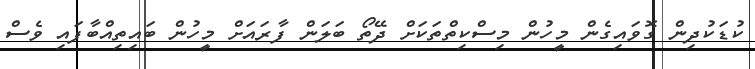
ކުޑަކުދިން ގޮވައިގެން މީހުން މިސްކިތްތަކަށް ދޭތޯ ބަލަން ފާރައަށް މީހުން ބައިތިއްބާފައި ވެސް